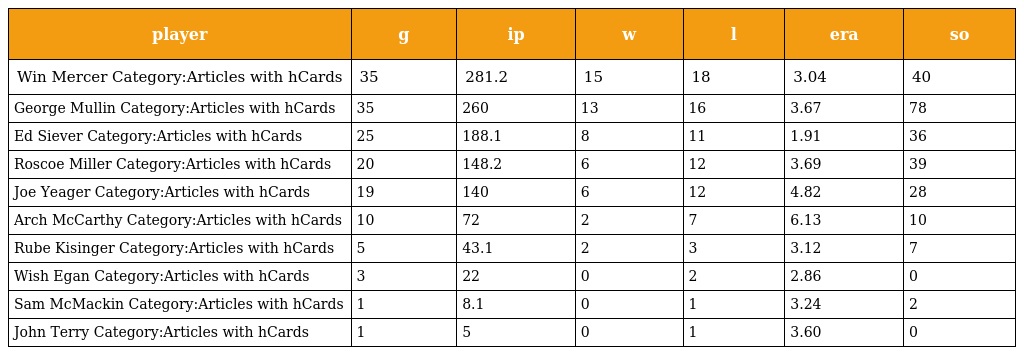
| player | g | ip | w | l | era | so |
 | --- | --- | --- | --- | --- | --- | --- |
 | Win Mercer Category:Articles with hCards | 35 | 281.2 | 15 | 18 | 3.04 | 40 |
 | George Mullin Category:Articles with hCards | 35 | 260 | 13 | 16 | 3.67 | 78 |
 | Ed Siever Category:Articles with hCards | 25 | 188.1 | 8 | 11 | 1.91 | 36 |
 | Roscoe Miller Category:Articles with hCards | 20 | 148.2 | 6 | 12 | 3.69 | 39 |
 | Joe Yeager Category:Articles with hCards | 19 | 140 | 6 | 12 | 4.82 | 28 |
 | Arch McCarthy Category:Articles with hCards | 10 | 72 | 2 | 7 | 6.13 | 10 |
 | Rube Kisinger Category:Articles with hCards | 5 | 43.1 | 2 | 3 | 3.12 | 7 |
 | Wish Egan Category:Articles with hCards | 3 | 22 | 0 | 2 | 2.86 | 0 |
 | Sam McMackin Category:Articles with hCards | 1 | 8.1 | 0 | 1 | 3.24 | 2 |
 | John Terry Category:Articles with hCards | 1 | 5 | 0 | 1 | 3.60 | 0 |